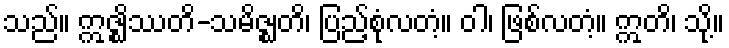
သည်။ ဣဇ္ဈိဿတိ-သမိဇ္ဈတိ၊ ပြည့်စုံလတံ့။ ဝါ၊ ဖြစ်လတံ့။ ဣတိ၊ သို့။